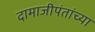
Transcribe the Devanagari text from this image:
दामाजीपंतांच्या